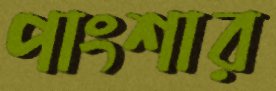
পাংশার